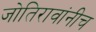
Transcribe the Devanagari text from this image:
जोतिरावांनीच